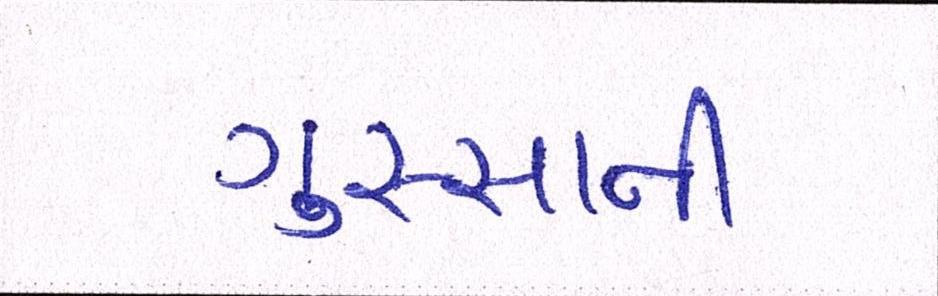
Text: ગુસ્સાની